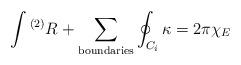
LaTeX: \begin{align*}\int {}^{(2)}R + \sum_{\rm boundaries}\oint_{C_{i}}\kappa = 2\pi\chi_{E}\end{align*}